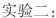
实验二：